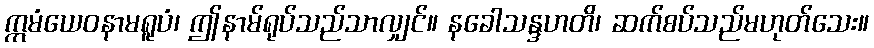
ဣမံယေဝနာမရူပံ၊ ဤနာမ်ရုပ်သည်သာလျှင်။ နခေါသန္ဒဟတိ၊ ဆက်စပ်သည်မဟုတ်သေး။